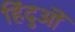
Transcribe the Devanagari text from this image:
हिंदुऒं